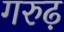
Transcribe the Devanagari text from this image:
गरुढ़